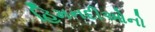
હિમનદીઓનો